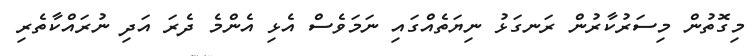
މިގޮތުން މިސަރުކާރުން ރަނގަޅު ނިޔަތެއްގައި ނަމަވެސް އެޅި އެންމެ ދެރަ އަދި ނުރައްކާތެރި